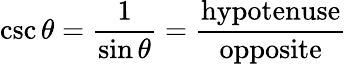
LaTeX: \csc\theta={\frac{1}{\sin\theta}}={\frac{\mathrm{hypotenuse}}{\mathrm{opposite}}}